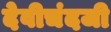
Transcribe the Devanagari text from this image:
देवीचंदजी